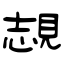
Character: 覟